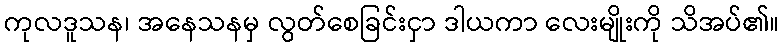
ကုလဒူသန၊ အနေသနမှ လွတ်စေခြင်းငှာ ဒါယကာ လေးမျိုးကို သိအပ်၏။